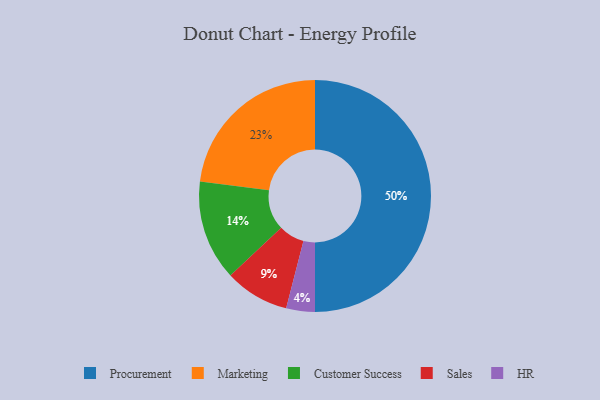
{"axis": {"x": "Category", "y": "Percentage"}, "legend": ["Customer Success", "HR", "Marketing", "Procurement", "Sales"], "data": [{"x": "Marketing", "y": 23, "type": "Marketing"}, {"x": "HR", "y": 4, "type": "HR"}, {"x": "Customer Success", "y": 14, "type": "Customer Success"}, {"x": "Sales", "y": 9, "type": "Sales"}, {"x": "Procurement", "y": 50, "type": "Procurement"}]}